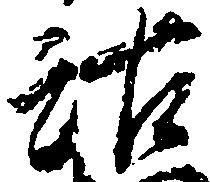
沽